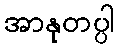
အာနုတပ္ပါ